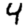
Digit: 4